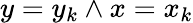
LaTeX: y=y_{k}\land x=x_{k}